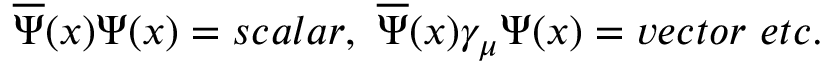
\overline { { { \Psi } } } ( x ) \Psi ( x ) = s c a l a r , \, \, \overline { { { \Psi } } } ( x ) \gamma _ { \mu } \Psi ( x ) = v e c t o r \, \, e t c .